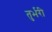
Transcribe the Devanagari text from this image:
तुर्भरी